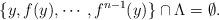
LaTeX: \begin{align*}\{y,f(y),\cdots,f^{n-1}(y)\}\cap\Lambda=\emptyset.\end{align*}